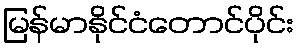
မြန်မာနိုင်ငံတောင်ပိုင်း